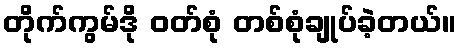
တိုက်ကွမ်ဒို ဝတ်စုံ တစ်စုံချုပ်ခဲ့တယ်။